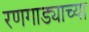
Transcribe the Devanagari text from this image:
रणगाड्याच्या